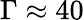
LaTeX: \Gamma\approx 40